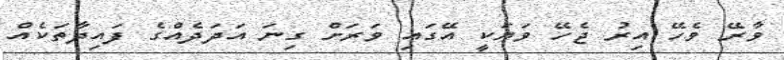
ވާރޭ ވެހޭ އިރު ޖެހޭ ވަޔަކީ އޭގައި ވަރަށް ގިނަ އަދަދެއްގެ ފައިދާތަކެއް